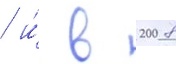
/ и́ в 2008